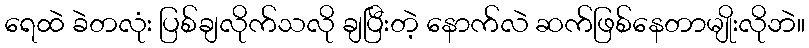
ရေထဲ ခဲတလုံး ပြစ်ချလိုက်သလို ချပြီးတဲ့ နောက်လဲ ဆက်ဖြစ်နေတာမျိုးလိုဘဲ။